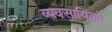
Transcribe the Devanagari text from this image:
व्यवसायिको